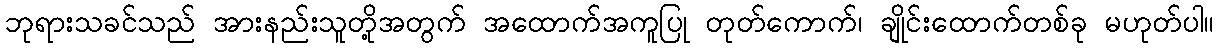
ဘုရားသခင်သည် အားနည်းသူတို့အတွက် အထောက်အကူပြု တုတ်ကောက်၊ ချိုင်းထောက်တစ်ခု မဟုတ်ပါ။